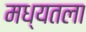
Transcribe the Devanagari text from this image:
मध्यतला